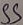
Text: SS